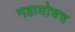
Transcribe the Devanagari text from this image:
महाशोधच